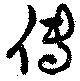
傳